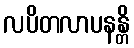
လပိတလာပနန္တိ